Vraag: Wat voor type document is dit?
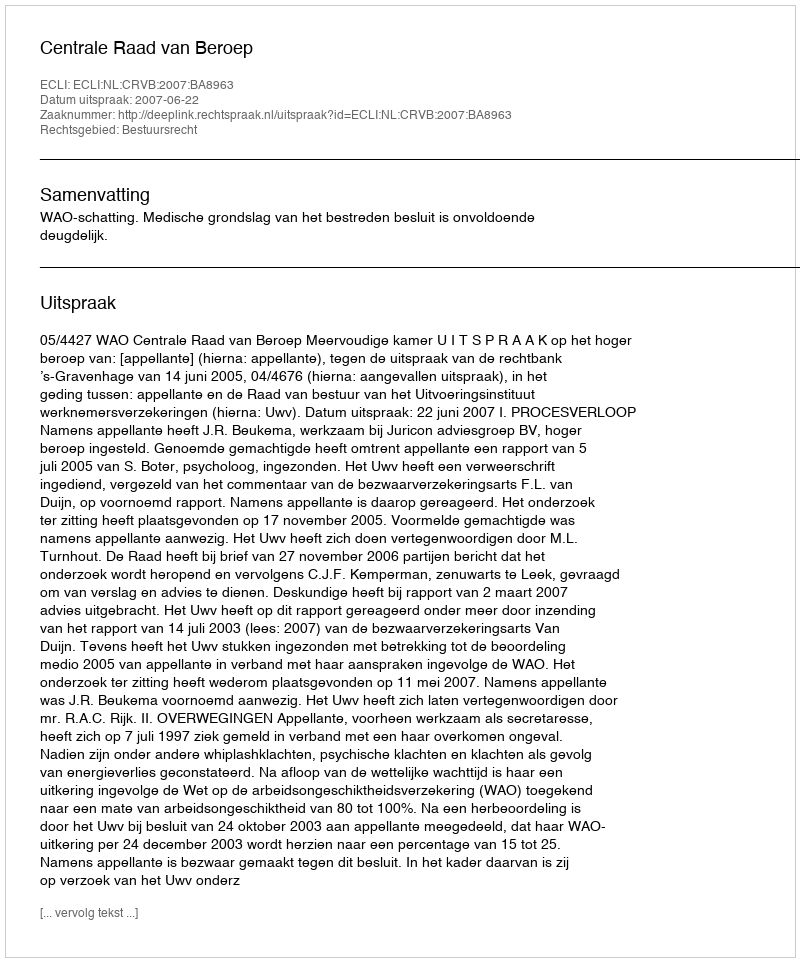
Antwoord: Uitspraak